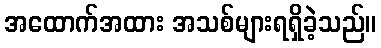
အထောက်အထား အသစ်များရရှိခဲ့သည်။